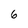
Character: 6